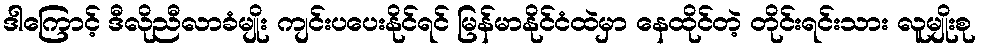
ဒါကြောင့် ဒီလိုညီလာခံမျိုး ကျင်းပပေးနိုင်ရင် မြန်မာနိုင်ငံထဲမှာ နေထိုင်တဲ့ တိုင်းရင်းသား လူမျိုးစု